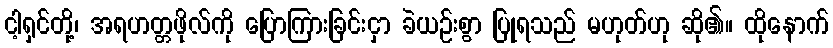
ငါ့ရှင်တို့၊ အရဟတ္တဖိုလ်ကို ပြောကြားခြင်းငှာ ခဲယဉ်းစွာ ပြုရသည် မဟုတ်ဟု ဆို၏။ ထိုနောက်